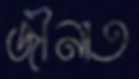
জীনাত